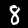
Digit: 8